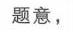
题意，